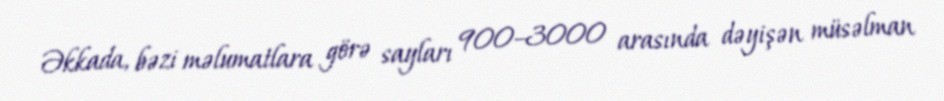
Əkkada, bəzi məlumatlara görə sayları 900–3000 arasında dəyişən müsəlman